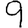
Digit: 9